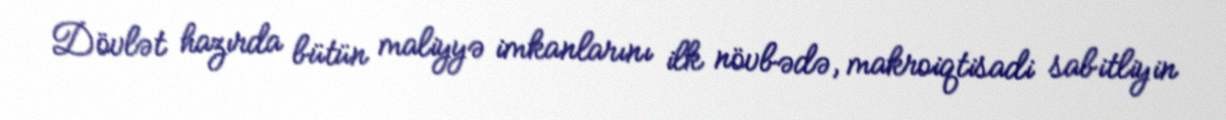
Dövlət hazırda bütün maliyyə imkanlarını ilk növbədə, makroiqtisadi sabitliyin